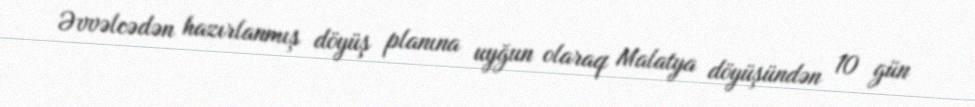
Əvvəlcədən hazırlanmış döyüş planına uyğun olaraq Malatya döyüşündən 10 gün